Scottish Leaving Certificate Examination, 1952
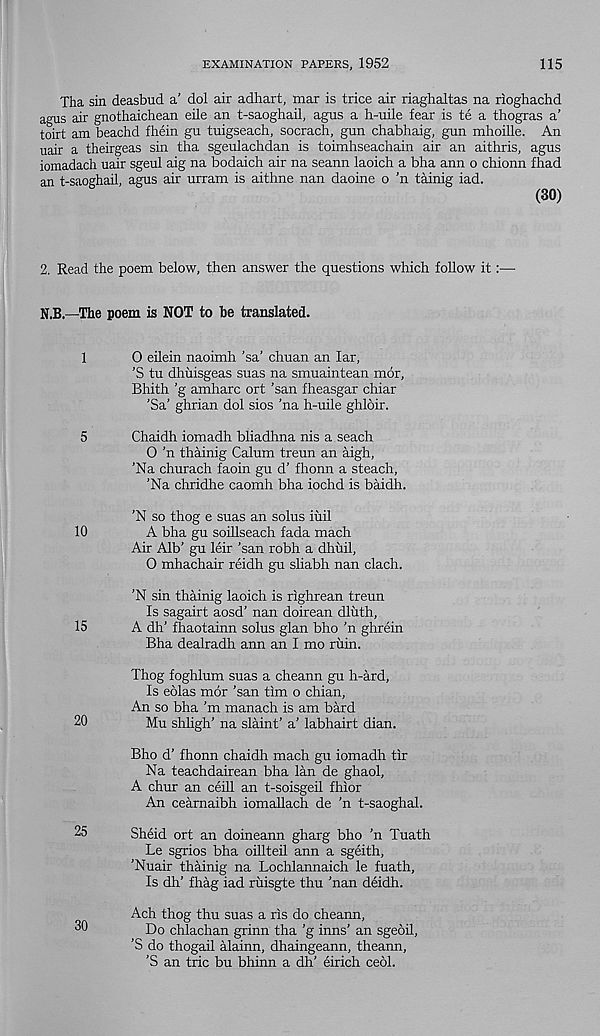
EXAMINATION PAPERS, 1952
115
Tha sin deasbud a’ dol air adhart, mar is trice air riaghaltas na rioghachd
agus air gnothaichean eile an t-saoghail, agus a h-uile fear is te a thogras a’
toirt am beachd fhein gu tuigseach, socrach, gun chabhaig, gun mhoille. An
uair a theirgeas sin tha sgeulachdan is toimhseachain air an aithris, agus
iomadach uair sgeul aig na bodaich air na seann laoich a bha ann o chionn fhad
an t-saoghail, agus air urram is aithne nan daoine o ’n tainig iad.
(30)
2. Read the poem below, then answer the questions which follow it:—
N.B.—The poem is NOT to he translated.
1
0 eilein naoimh ’sa’ chuan an far,
’S tu dhuisgeas suas na smuaintean mor,
Bhith ’g amharc ort 'san fheasgar chiar
’Sa’ ghrian dol sios ’na h-uile ghloir.
5
Chaidh iomadh bliadhna nis a seach
0 'n thainig Calum treun an aigh,
’Na churach faoin gu d’ fhonn a steach,
’Na chridhe caomh bha iochd is baidh.
’N so thog e suas an solus iuil
10
A bha gu soillseach fada mach
Air Alb’ gu leir ’san robh a dhuil,
0 mhachair reidh gu sliabh nan clach.
’N sin thainig laoich is righrean treun
Is sagairt aosd’ nan doirean dluth,
15
A dh’ fhaotainn solus glan bho ’n ghrein
Bha dealradh ann an I mo ruin.
Thog foghlum suas a cheann gu h-ard.
Is eolas mor ’san tim o chian,
An so bha’m manach is am bard
20
Mu shligh’ na slaint’ a’ labhairt dian.
Bho d’ fhonn chaidh mach gu iomadh tir
Na teachdairean bha lan de ghaol,
A chur an ceill an t-soisgeil fhior
An cearnaibh iomallach de ’n t-saoghal.
25
Sheid ort an doineann gharg bho 'n Tuath
Le sgrios bha oillteil ann a sgeith,
’Nuair thainig na Lochlannaich le fuath,
Is dh’ fhag iad ruisgte thu ’nan deidh.
Ach thog thu suas a ris do cheann,
30
Do chlachan grinn tha ’g inns’ an sgeoil,
’S do thogail alainn, dhaingeann, theann,
’S an trie bu bhinn a dh’ eirich cedi.